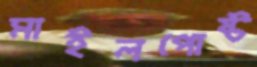
মাইলপোষ্ট